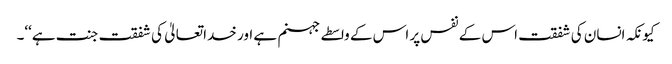
کیونکہ انسان کی شفقت اس کے نفس پر اس کے واسطے جہنم ہے اور خدا تعالیٰ کی شفقت جنت ہے‘‘۔